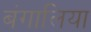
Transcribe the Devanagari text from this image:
बंगालिया